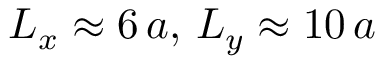
L _ { x } \approx 6 \, a , \, L _ { y } \approx 1 0 \, a